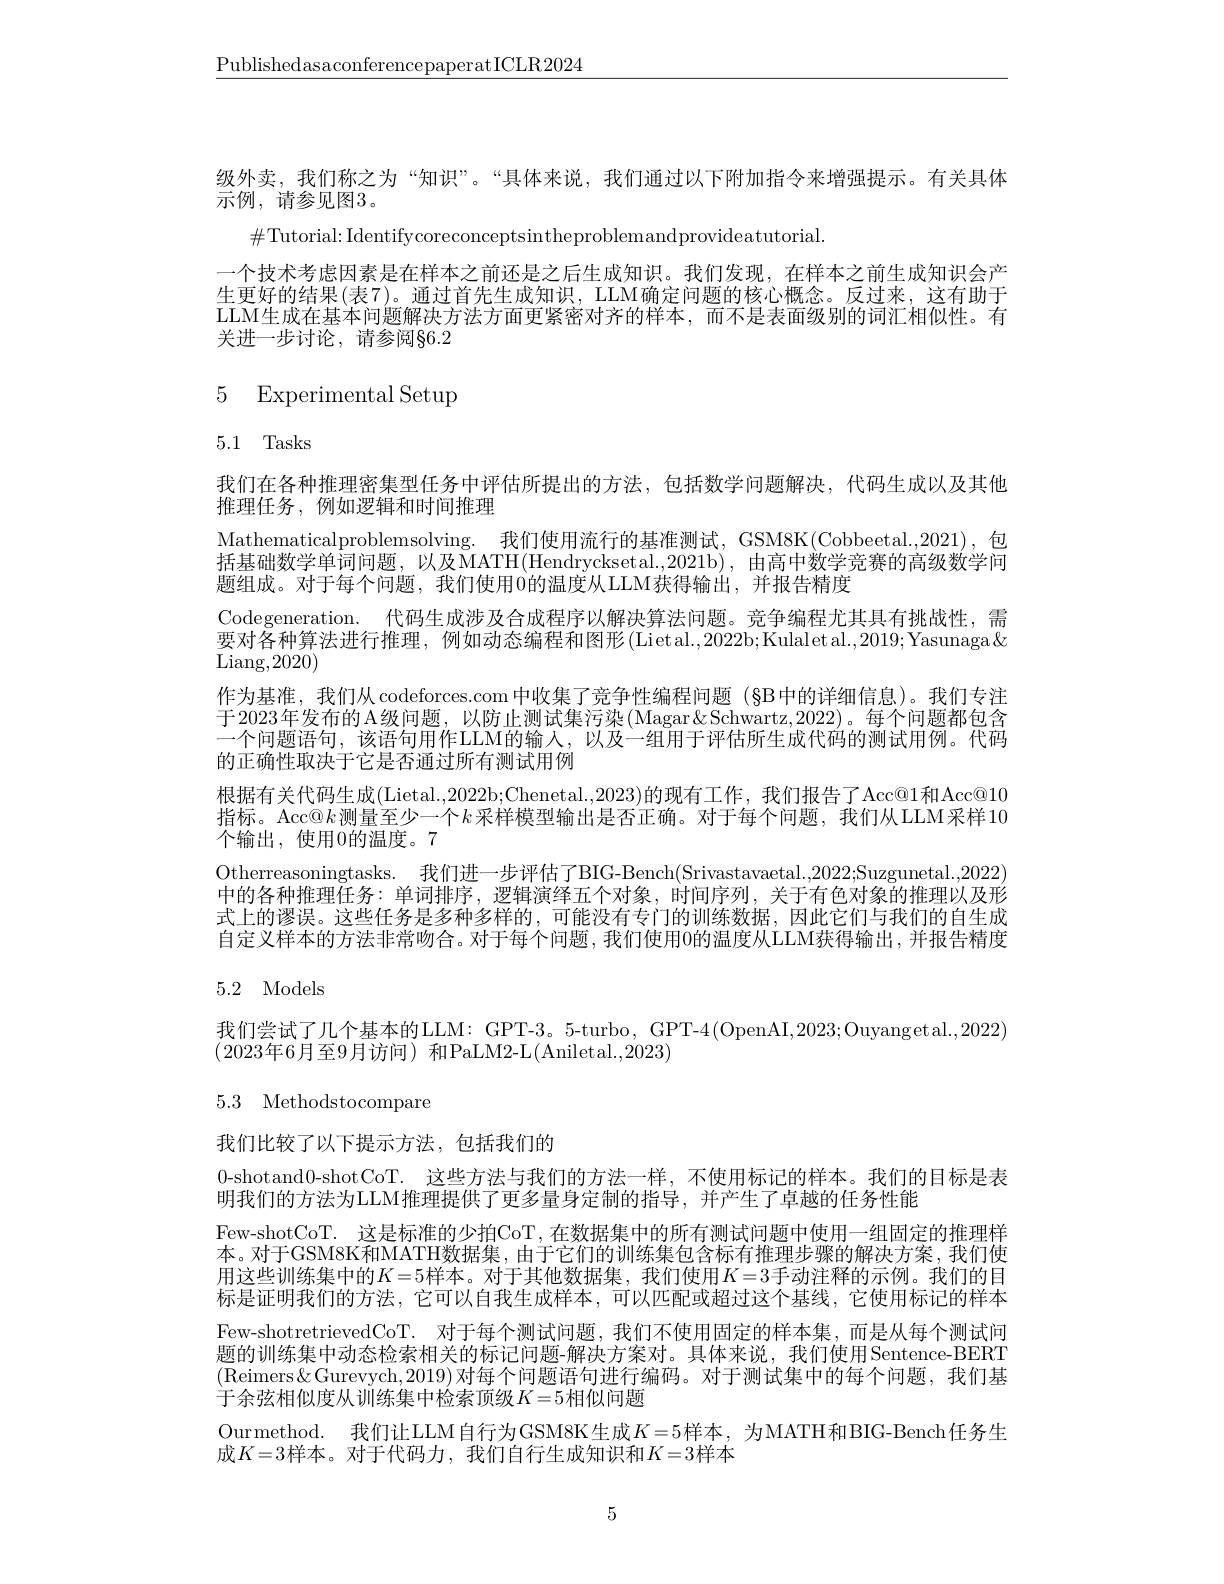
$\underline{\text{PublishedasaconferencepaperatICLR2024}}$

级外卖，我们称之为“知识”。“具体来说，我们通过以下附加指令来增强提示。有关具体
示例，请参见图3。
$\#$Tutorial: Identifycoreconceptsintheproblemandprovideatutorial.
一个技术考虑因素是在样本之前还是之后生成知识。我们发现，在样本之前生成知识会产生更好的结果(表7)。通过首先生成知识，LLM确定问题的核心概念。反过来，这有助于LLM生成在基本问题解决方法方面更紧密对齐的样本，而不是表面级别的词汇相似性。有关进一步讨论，请参阅$\S6.2$

# 5 Experimental Setup

# 5.1 Tasks

我们在各种推理密集型任务中评估所提出的方法，包括数学问题解决，代码生成以及其他
推理任务，例如逻辑和时间推理
Mathematicalproblemsolving. 我们使用流行的基准测试，GSM8K(Cobbeetal.,2021),包括基础数学单词问题，以及MATH(Hendrycksetal.,2021b) ,由高中数学竞赛的高级数学问题组成。对于每个问题，我们使用0的温度从LLM获得输出，并报告精度
Codegeneration. 代码生成涉及合成程序以解决算法问题。竞争编程尤其具有挑战性，需$\bar{\text{要对各种算法进行推理，例如动态编程和图形}}\left(\mathrm{Lietal.},2022\text{b;Kulaletal.},2019;\mathrm{Yasunaga}\&\right)$ $\operatorname{Liang},2020)$
作为基准，我们从 codeforces.com 中收集了竞争性编程问题 (§B中的详细信息)。我们专注于2023年发布的A级问题，以防止测试集污染(Magar&Schwartz,2022)。每个问题都包含一个问题语句，该语句用作LLM的输人，以及一组用于评估所生成代码的测试用例。代码的正确性取决于它是否通过所有测试用例
根据有关代码生成(Lietal.,2022b;Chenetal.,2023)的现有工作，我们报告了Acc@1和Acc@10指标。Acc@$k$测量至少一个$k$采样模型输出是否正确。对于每个问题，我们从LLM采样10个输出，使用0的温度。7
Otherreasoningtasks. 我们进一步评估了BIG-Bench(Srivastavaetal.,2022;Suzgunetal.,2022) 中的各种推理任务：单词排序，逻辑演绎五个对象，时间序列，关于有色对象的推理以及形式上的谬误。这些任务是多种多样的，可能没有专门的训练数据，因此它们与我们的自生成自定义样本的方法非常吻合。对于每个问题，我们使用0的温度从LLM获得输出，并报告精度

# 5.2 Models

我们尝试了几个基本的LLM：GPT-3。5-turbo, GPT-4(OpenAI,2023;Ouyangetal.,2022)

(2023年6月至9月访问)和PaLM2-L(Aniletal.,2023)

# 5.3 Methodstocompare

我们比较了以下提示方法，包括我们的

0-shotand0-shotCoT. 这些方法与我们的方法一样，不使用标记的样本。我们的目标是表
明我们的方法为LLM推理提供了更多量身定制的指导，并产生了卓越的任务性能
Few-shotCoT. 这是标准的少拍CoT，在数据集中的所有测试问题中使用一组固定的推理样本。对于GSM8K和MATH数据集，由于它们的训练集包含标有推理步骤的解决方案，我们使用这些训练集中的$K=5$样本。对于其他数据集，我们使用$K=3$手动注释的示例。我们的目标是证明我们的方法，它可以自我生成样本，可以匹配或超过这个基线，它使用标记的样本Few-shotretrievedCoT. 对于每个测试问题，我们不使用固定的样本集，而是从每个测试问题的训练集中动态检索相关的标记问题-解决方案对。具体来说，我们使用Sentence-BERT (Reimers&Gurevych,2019)对每个问题语句进行编码。对于测试集中的每个问题，我们基于余弦相似度从训练集中检索顶级$K=5$相似问题
Ourmethod. 我们让LLM自行为GSM8K生成$K=5$样本，为MATH和BIG-Bench任务生
成$K=3$样本。对于代码力，我们自行生成知识和$K=3$样本

5